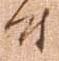
付